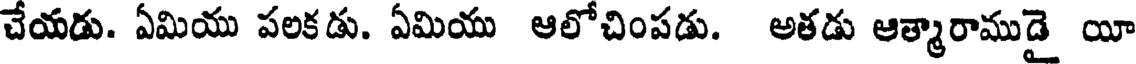
చేయడు. ఏమియు పలకడు. ఏమియు ఆలోచింపడు. అతడు ఆత్మారాముడై యీ